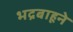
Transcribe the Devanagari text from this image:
भद्रबाहूने